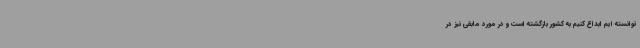
توانسته ایم ابداع کنیم به کشور بازگشته است و در مورد مابقی نیز در